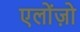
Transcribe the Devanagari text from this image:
एलोंज़ो